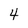
Character: 4